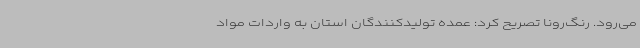
می‌رود. رنگ‌رونا تصریح کرد: عمده تولیدکنندگان استان به واردات مواد